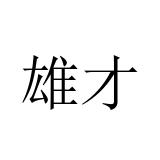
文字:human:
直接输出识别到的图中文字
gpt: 雄才